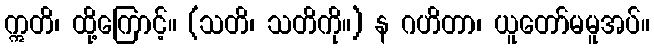
ဣတိ၊ ထို့ကြောင့်။ (သတိ၊ သတိကို။) န ဂဟိတာ၊ ယူတော်မမူအပ်။